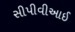
સીપીવીઆઈ